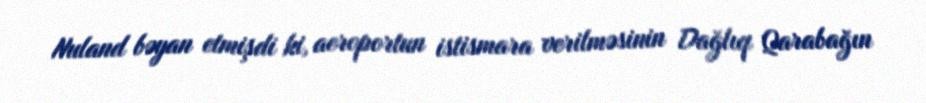
Nuland bəyan etmişdi ki, aeroportun istismara verilməsinin Dağlıq Qarabağın